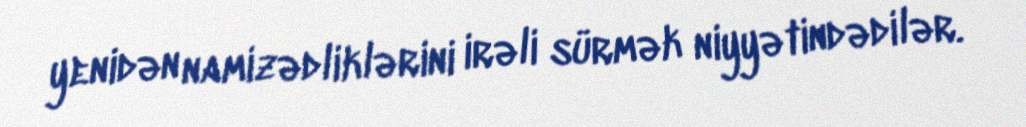
yenidən namizədliklərini irəli sürmək niyyətindədilər.